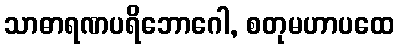
သာဓာရဏပရိဘောဂေါ, စတုမဟာပထေ